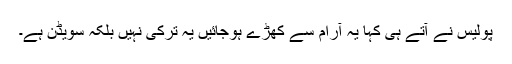
پولیس نے آتے ہی کہا یہ آرام سے کھڑے ہوجائیں یہ ترکی نہیں بلکہ سویڈن ہے۔